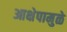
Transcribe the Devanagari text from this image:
आक्षेपामुळे